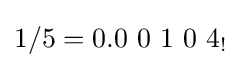
1/5=0.0\ 0\ 1\ 0\ 4_{!}